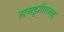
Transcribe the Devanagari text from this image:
समझौताबद्ध